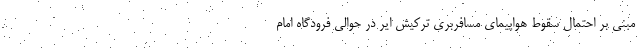
مبنی بر احتمال سقوط هواپیمای مسافربری ترکیش ایر در حوالی فرودگاه امام